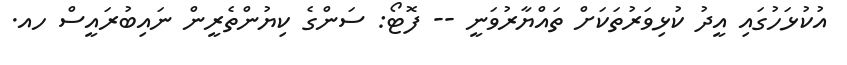
އުކުޅަހުގައި އީދު ކުޅިވަރުތަކަށް ތައްޔާރުވަނީ -- ފޮޓޯ: ސަންގެ ކިޔުންތެރީން ނައިބުރައީސް ހއ.